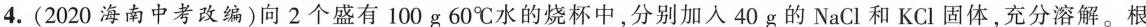
4.(2020海南中考改编)向2个盛有100g60℃水的烧杯中，分别加入40g的NaCl和KCl固体，充分溶解。根